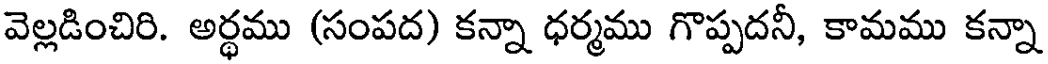
వెల్లడించిరి. అర్థము (సంపద) కన్నా ధర్మము గొప్పదనీ, కామము కన్నా